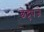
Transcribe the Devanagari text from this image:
छेद्रुपजे